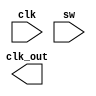
module next_control (
    input clk,sw,
    output wire clk_out
);

parameter idle=2'b00 , going_hi=2'b01, going_hi=2'b11,reset=2'b10;

always @(negedge sw) begin
    stage_next <= going;
end


always @(negedge clk) begin
    src <= src_next;
end

always @(posedge clk) begin
    if(dect) begin
        dect <= 1'b1;
        src_next <= 1'b0;
    end
    else begin
        dect <= 1'b1;
        src_next <= 1'b1;
    end
    
end



endmodule